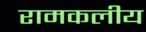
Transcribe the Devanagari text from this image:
रामकलीय